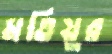
মতিয়ুর